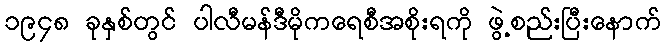
၁၉၄၈ ခုနှစ်တွင် ပါလီမန်ဒီမိုကရေစီအစိုးရကို ဖွဲ့စည်းပြီးနောက်